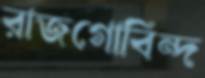
রাজগোবিন্দ